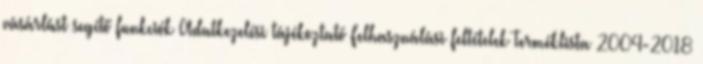
vásárlást segítő funkciók Adatkezelési tájékoztató Felhasználási feltételek Terméklista 2004-2018